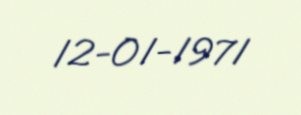
12-01-1971